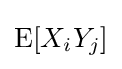
\operatorname {E} [X_{i}Y_{j}]